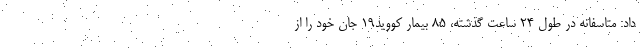
داد: متاسفانه در طول ۲۴ ساعت گذشته، ۸۵ بیمار کووید۱۹ جان خود را از